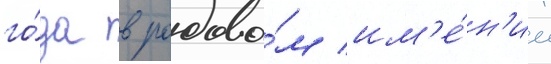
го́да в родово́м им'е́н'ии